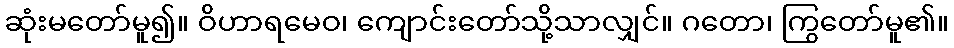
ဆုံးမတော်မူ၍။ ဝိဟာရမေဝ၊ ကျောင်းတော်သို့သာလျှင်။ ဂတော၊ ကြွတော်မူ၏။